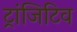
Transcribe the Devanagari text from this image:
ट्रांजिटिव